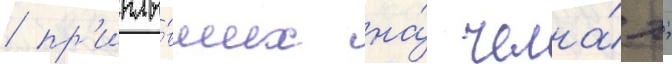
/ пр'иплы́вших на́ челна́х;